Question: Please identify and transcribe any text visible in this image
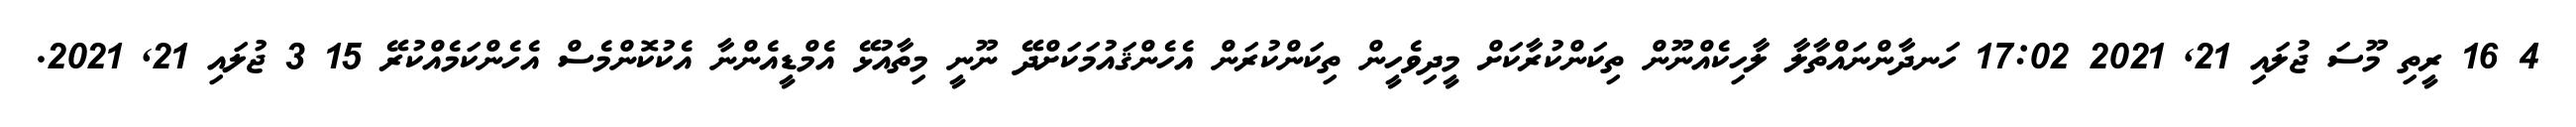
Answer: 4 16 ރީތި މޫސަ ޖުލައި 21, 2021 17:02 ހަނދާންނައްތާލާ ލާހިކެއްނޫން ތިކަންކުރާކަށް މީދިވެހީން ތިކަންކުރަން އެހެންޤައުމަކަށްދޭ ނޫނީ މިތާއުޅޭ އެމްޑީއެންނާ އެކުކޮންމެސް އެހެންކަމެއްކުރޭ 15 3 ޖުލައި 21, 2021.